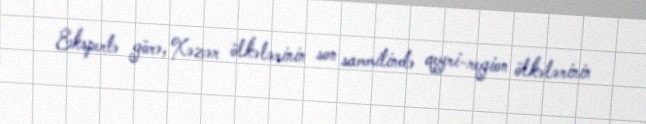
Ekspertə görə, Xəzər ölkələrinin son sammitində qeyri-region ölkələrinin